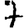
Digit: 7